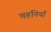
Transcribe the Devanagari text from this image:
चहनियाँ